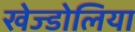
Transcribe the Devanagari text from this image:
खेज्डोलिया